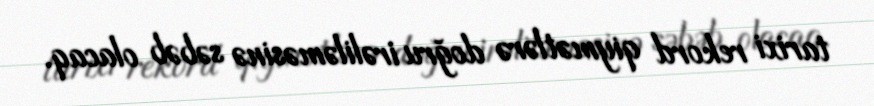
tarixi rekord qiymətlərə doğru irəliləməsinə səbəb olacaq.